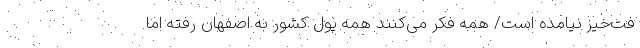
فت‌خیز نیامده است/ همه فکر می‌کنند همه پول کشور به اصفهان رفته اما